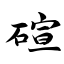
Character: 碹